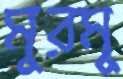
মুরমু